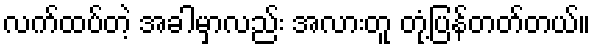
လက်ထပ်တဲ့ အခါမှာလည်း အလားတူ တုံ့ပြန်တတ်တယ်။